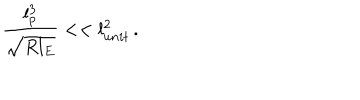
\frac { l _ { p } ^ { 3 } } { \sqrt { R l _ { E } } } < < l _ { u n i t } ^ { 2 } \, .